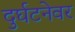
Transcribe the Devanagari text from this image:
दुर्घटनेवर